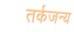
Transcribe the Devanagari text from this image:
तर्कजन्य